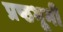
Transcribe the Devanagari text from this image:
प्रष्ठभूमी